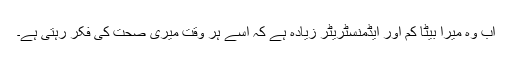
اب وہ میرا بیٹا کم اور ایڈمنسٹریٹر زیادہ ہے کہ اسے ہر وقت میری صحت کی فکر رہتی ہے۔